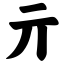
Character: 亓